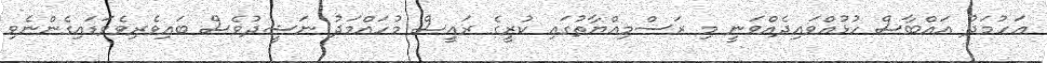
އަހުމަދު އައްބާސް ހުޅުއްވައިދެއްވަނީ މި ރަސްމިއްޔާތުގައި ކުރީގެ ރައީސް މުހައްމަދު ނަޝީދުވެސް ބައިވެރިވެވަޑައިގެންނެވި